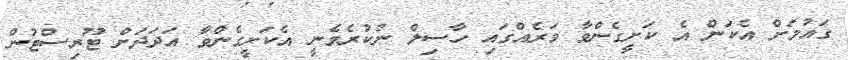
ގައުމަށް އެކަން އެ ކަށީގެންވާ ވަރެއްގައި ހާސިލް ނުކުރެވެނީ އެކަށީގެންވާ އަދަދަށް ޓޫރިސްޓުން